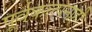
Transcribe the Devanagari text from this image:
पूर्वकल्पनाही